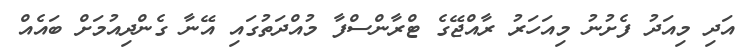
އަދި މިއަދު ފެށުނު މިއަހަރު ރާއްޖޭގެ ޓްރާންސްފާ މުއްދަތުގައި އޭނާ ގެންދިއުމަށް ބައެއް